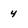
Character: 4